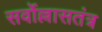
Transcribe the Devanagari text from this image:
सर्वोल्लासतंत्र